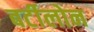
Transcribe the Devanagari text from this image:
बर्टीलोन